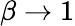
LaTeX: \beta\to 1